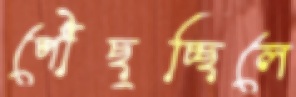
পৌঁছুচ্ছিলে